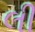
લી